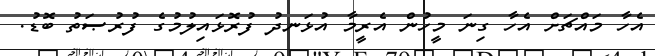
އެހާ މައްޗަށް އެހާ ގިނަ މީހުން އެރީމާ އުޅަނދު ފުރޮޅައިލުމުގެ ފުރުޞަތު ބޮޑު.